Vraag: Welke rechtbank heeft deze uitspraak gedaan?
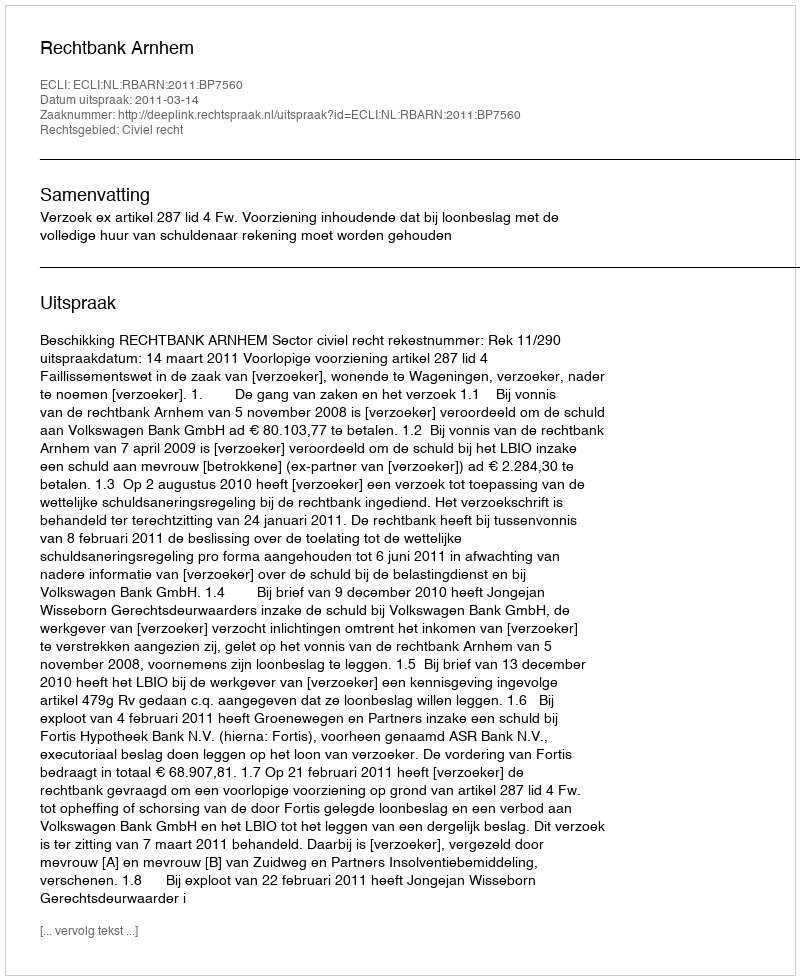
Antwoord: Rechtbank Arnhem